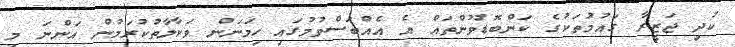
ކުދި ޖަޒީރާ ގައުމުތަކުގެ ކަންބޮޑުވުންތައް އެ އެއްބަސްވުމުގައި ހިމަނަން ވަކާލާތުކުރަމުން އަންނަ މި